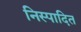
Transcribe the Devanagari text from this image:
निस्पादित